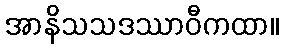
အာနိသသဒဿာဝီကထာ။